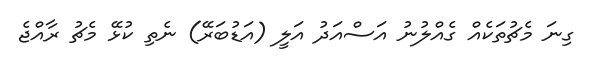
ގިނަ މެޗުތަކެއް ގެއްލުނު އަަސްއަދު އަލީ (އަޑުބަރޭ) ނެތި ކުޅޭ މެޗު ރާއްޖެ